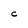
Character: C